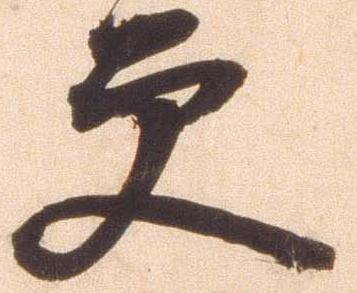
更